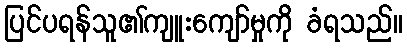
ပြင်ပရန်သူ၏ကျူးကျော်မှုကို ခံရသည်။